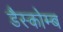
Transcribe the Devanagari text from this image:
डैस्कोम्ब